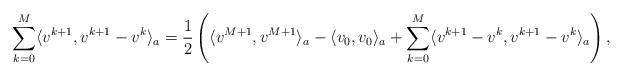
LaTeX: \begin{align*} \sum_{k=0}^M\langle v^{k+1},v^{k+1}-v^k\rangle_a=\frac12 \left(\langle v^{M+1},v^{M+1}\rangle_a- \langle v_0, v_0\rangle_a +\sum_{k=0}^M\langle v^{k+1}-v^k,v^{k+1}-v^k\rangle_a\right),\end{align*}